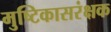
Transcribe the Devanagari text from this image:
मुष्टिकासरंक्षक